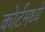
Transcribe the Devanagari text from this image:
कोर्टमध्ये